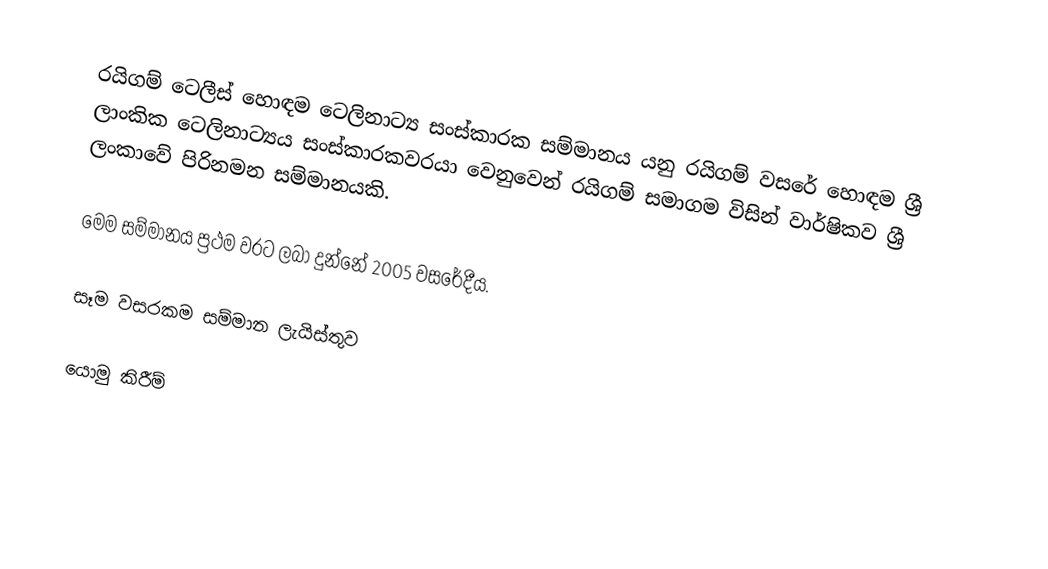
රයිගම් ටෙලීස් හොඳම ටෙලිනාට්‍ය සංස්කාරක සම්මානය යනු රයිගම් වසරේ හොඳම ශ්‍රී ලාංකික ටෙලිනාට්‍යය සංස්කාරකවරයා වෙනුවෙන් රයිගම් සමාගම විසින් වාර්ෂිකව ශ්‍රී ලංකාවේ පිරිනමන සම්මානයකි.

මෙම සම්මානය ප්‍රථම වරට ලබා දුන්නේ 2005 වසරේදීය.

සෑම වසරකම සම්මාන ලැයිස්තුව

යොමු කිරීම්